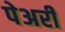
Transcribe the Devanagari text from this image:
पेअरी